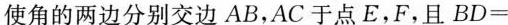
使角的两边分别交边AB，AC于点E，F，且BD=